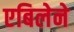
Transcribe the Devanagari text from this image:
एबिलेने